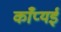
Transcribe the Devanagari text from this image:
काँप्यई